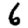
Digit: 6